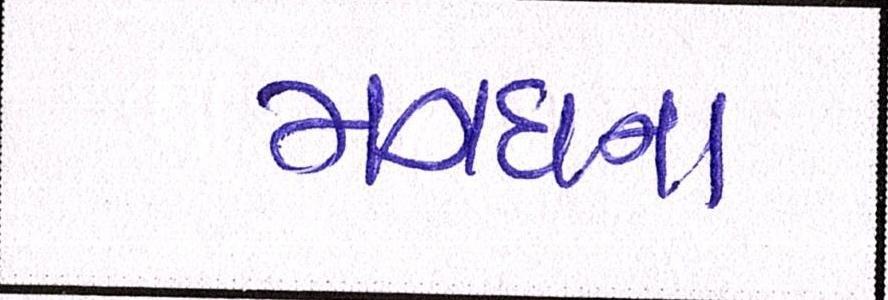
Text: મગધના